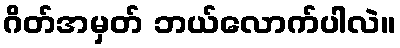
ဂိတ်အမှတ် ဘယ်လောက်ပါလဲ။